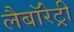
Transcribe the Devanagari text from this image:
लैबॉरेट्री